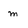
Character: m